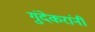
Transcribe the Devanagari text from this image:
गुंदेकरांनी